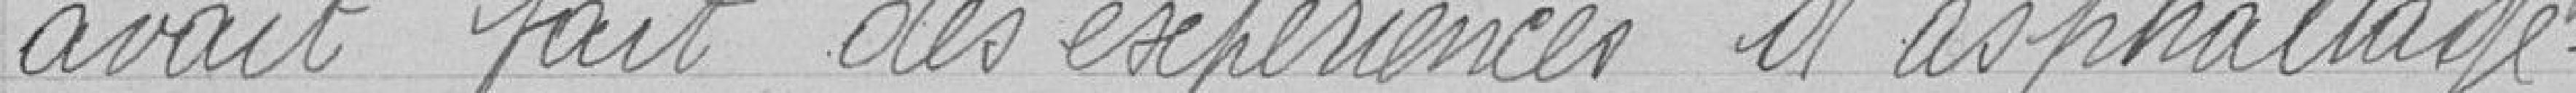
avait fait des expériences d'asphalttage.